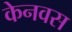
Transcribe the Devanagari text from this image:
केनवस